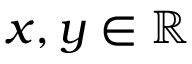
\textstyle x , y \in \mathbb { R }